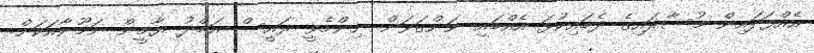
އެއްފަދައިން މުސާރައިގެ ދެބައިކުޅަ އެއްބައި ނަންގަވަން ނިންމެވީ ރައީސް އަބްދު ޔާމީން ނަމޫނާއަަކަށް